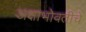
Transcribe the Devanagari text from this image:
अक्षाभोवतीचे